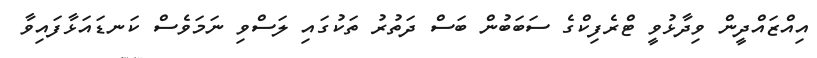
އިއްޒައްދީން ވިދާޅުވީ ޓްރެފިކްގެ ސަބަބުން ބަސް ދަތުރު ތަކުގައި ލަސްވި ނަމަވެސް ކަނޑައަޅާފައިވާ